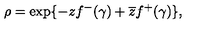
\rho = \exp \{ - z f ^ { - } ( \gamma ) + \overline { { z } } f ^ { + } ( \gamma ) \} ,